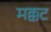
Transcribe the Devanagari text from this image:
मक्कट